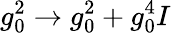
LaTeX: g_{0}^{2}\to g_{0}^{2}+g_{0}^{4}I